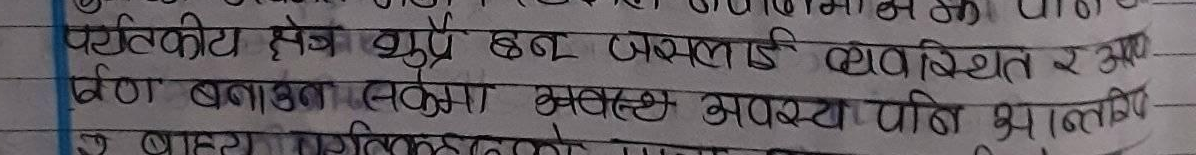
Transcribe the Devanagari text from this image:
पर्यटकीय क्षेत्र शुभ्रे छन जसलाई व्यवस्थित र आध
वरण बनाउन सक्यौ भने स्वास्थ्य सेवा पनि भालिभ
र बाहेर पर्यटनको मुख्य